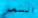
السعر